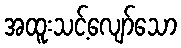
အထူးသင့်လျော်သော